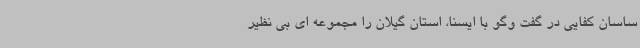
ساسان کفایی در گفت وگو با ایسنا، استان گیلان را مجموعه ای بی نظیر